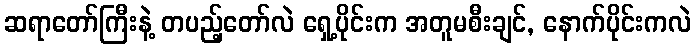
ဆရာတော်ကြီးနဲ့ တပည့်တော်လဲ ရှေ့ပိုင်းက အတူမစီးချင်, နောက်ပိုင်းကလဲ